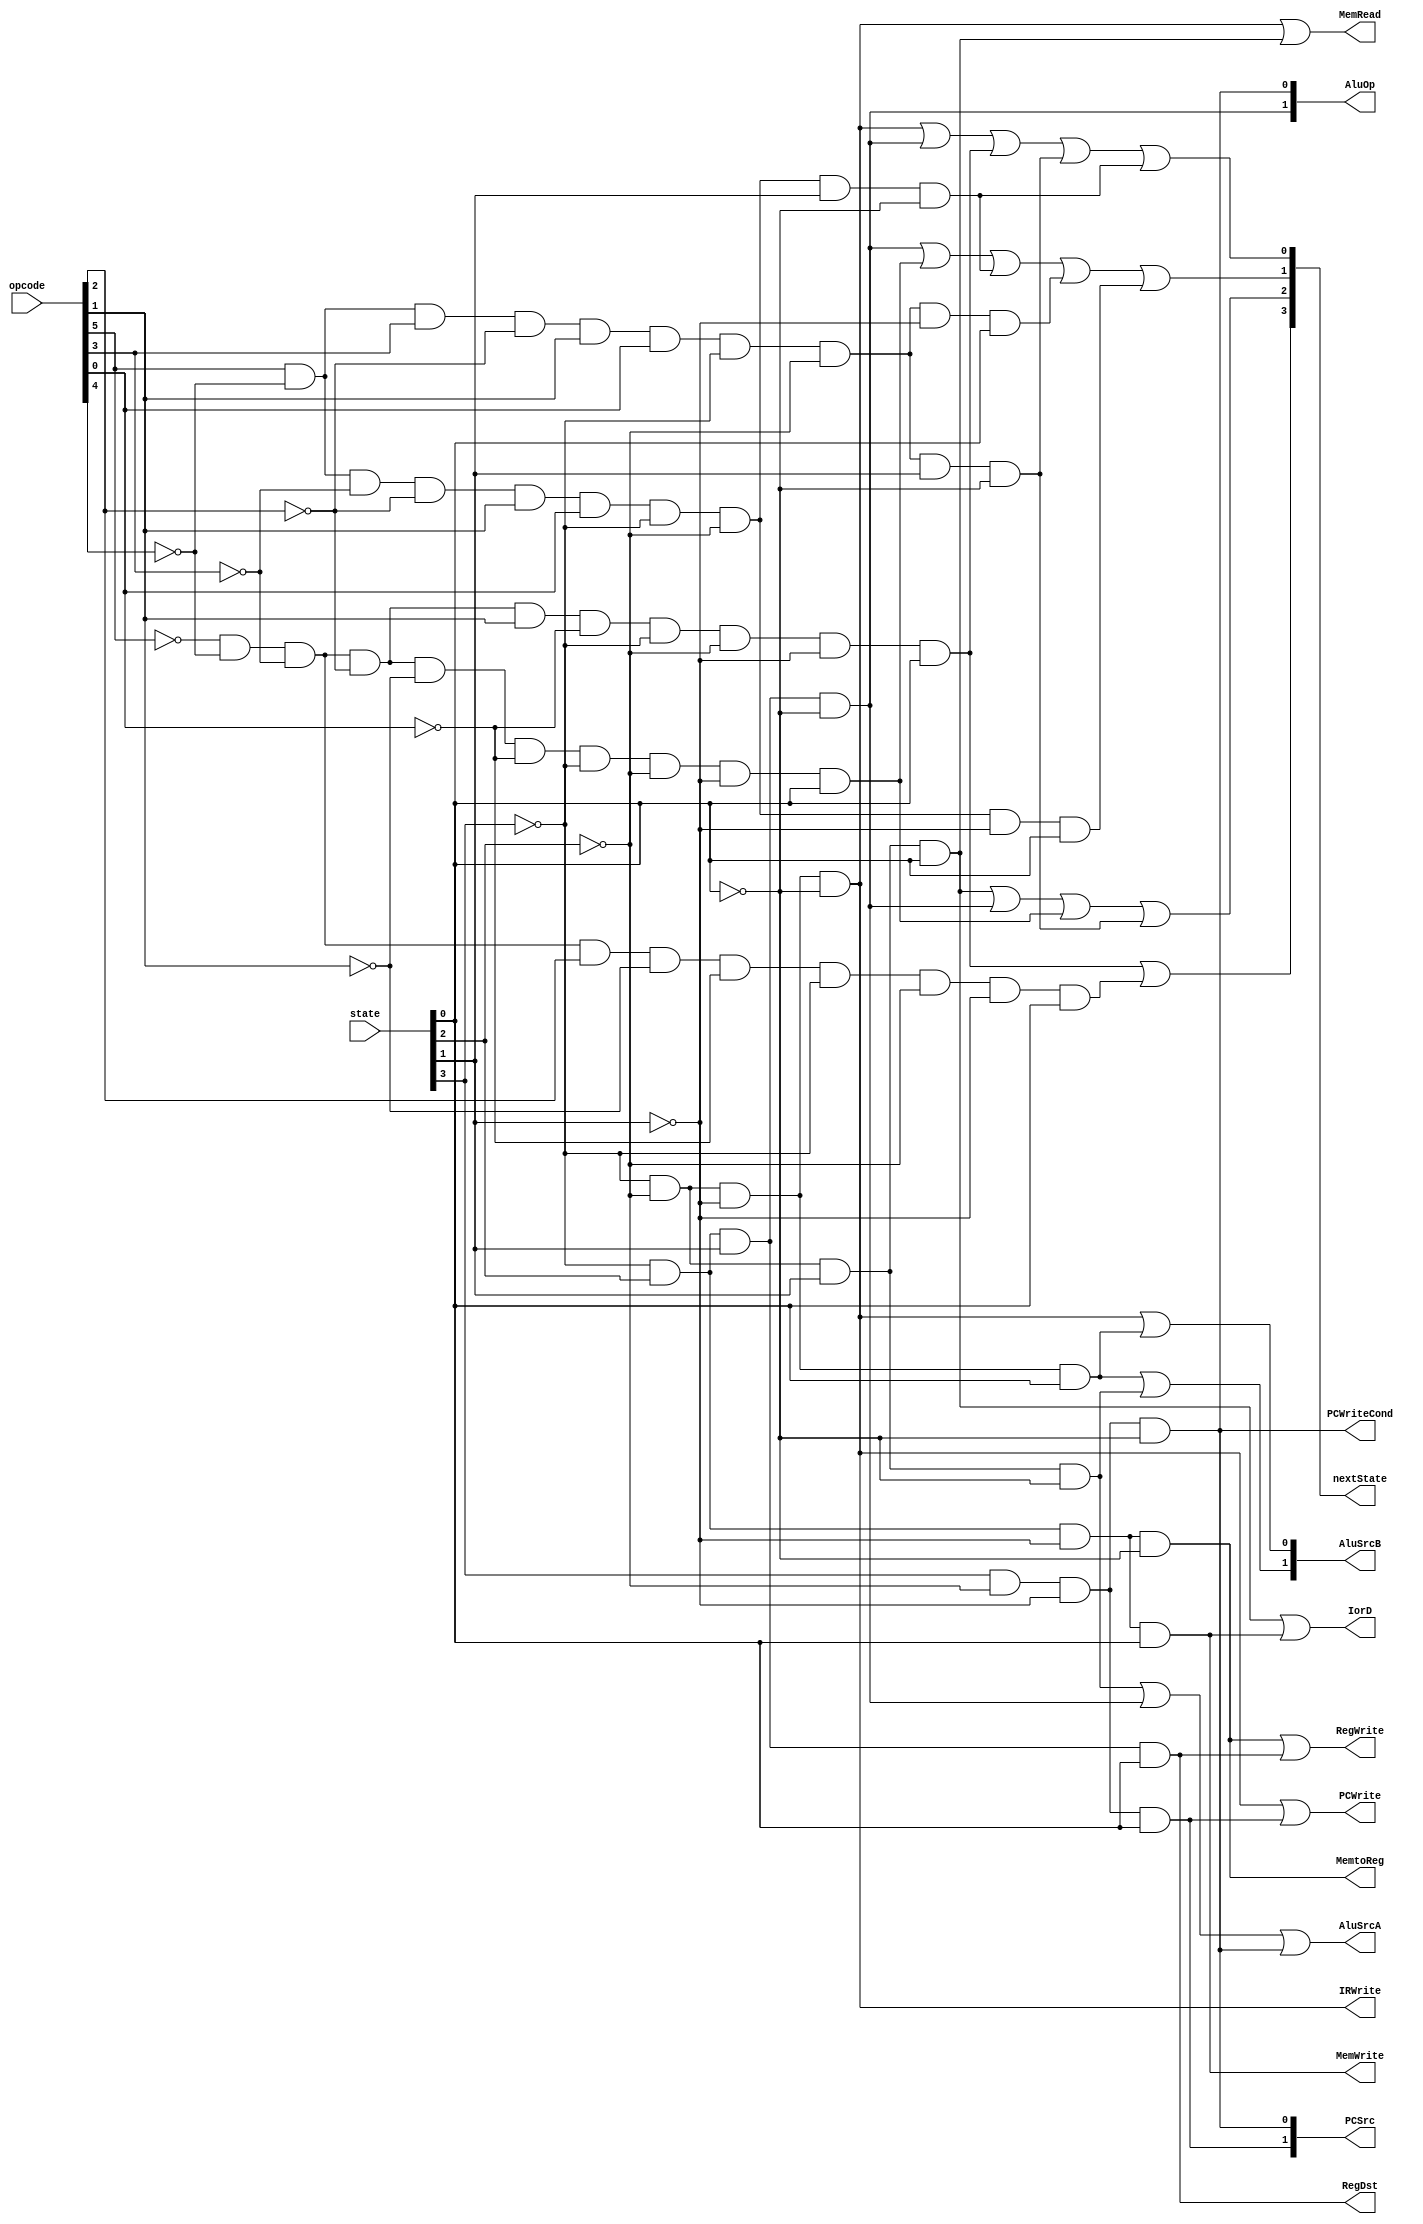
module controlLogic(opcode,state,PCWrite,PCWriteCond,IorD,MemRead,MemWrite,IRWrite,MemtoReg,PCSrc,AluOp,AluSrcA,AluSrcB,RegWrite,RegDst,nextState);
	input [5:0] opcode;
	input [3:0] state;
	output PCWrite,PCWriteCond,IorD,MemRead,MemWrite,IRWrite,MemtoReg,AluSrcA,RegWrite,RegDst;
	output [1:0] PCSrc,AluOp,AluSrcB;
	output [3:0] nextState;
	assign PCWrite=((~state[3])&(~state[2])&(~state[1])&(~state[0]))|((state[3])&(~state[2])&(~state[1])&(state[0]));
	assign PCWriteCond=((state[3])&(~state[2])&(~state[1])&(~state[0]));
	assign IorD=((~state[3])&(~state[2])&(state[1])&(state[0]))|((~state[3])&(state[2])&(~state[1])&(state[0]));
	assign MemRead=((~state[3])&(~state[2])&(~state[1])&(~state[0]))|((~state[3])&(~state[2])&(state[1])&(state[0]));
	assign MemWrite=((~state[3])&(state[2])&(~state[1])&(state[0]));
	assign IRWrite=((~state[3])&(~state[2])&(~state[1])&(~state[0]));
	assign MemtoReg=((~state[3])&(state[2])&(~state[1])&(~state[0]));
	assign PCSrc[1]=((state[3])&(~state[2])&(~state[1])&(state[0]));
	assign PCSrc[0]=((state[3])&(~state[2])&(~state[1])&(~state[0]));
	assign AluOp[1]=((~state[3])&(state[2])&(state[1])&(~state[0]));
	assign AluOp[0]=((state[3])&(~state[2])&(~state[1])&(~state[0]));
	assign AluSrcB[1]=((~state[3])&(~state[2])&(~state[1])&(state[0]))|((~state[3])&(~state[2])&(state[1])&(~state[0]));
	assign AluSrcB[0]=((~state[3])&(~state[2])&(~state[1])&(~state[0]))|((~state[3])&(~state[2])&(~state[1])&(state[0]));
	assign AluSrcA=((~state[3])&(~state[2])&(state[1])&(~state[0]))|((~state[3])&(state[2])&(state[1])&(~state[0]))|((state[3])&(~state[2])&(~state[1])&(~state[0]));
	assign RegWrite=((~state[3])&(state[2])&(~state[1])&(~state[0]))|((~state[3])&(state[2])&(state[1])&(state[0]));
	assign RegDst=((~state[3])&(state[2])&(state[1])&(state[0]));
	assign nextState[3]=((~opcode[5])&(~opcode[4])&(~opcode[3])&(~opcode[2])&(opcode[1])&(~opcode[0])&(~state[3])&(~state[2])&(~state[1])&(state[0]))|((~opcode[5])&(~opcode[4])&(~opcode[3])&(opcode[2])&(~opcode[1])&(~opcode[0])&(~state[3])&(~state[2])&(~state[1])&(state[0]));
	assign nextState[2]=((~state[3])&(~state[2])&(state[1])&(state[0]))|((~state[3])&(state[2])&(state[1])&(~state[0]))|((~opcode[5])&(~opcode[4])&(~opcode[3])&(~opcode[2])&(~opcode[1])&(~opcode[0])&(~state[3])&(~state[2])&(~state[1])&(state[0]))|((opcode[5])&(~opcode[4])&(opcode[3])&(~opcode[2])&(opcode[1])&(opcode[0])&(~state[3])&(~state[2])&(state[1])&(~state[0]));
	assign nextState[1]=((~state[3])&(state[2])&(state[1])&(~state[0]))|((~opcode[5])&(~opcode[4])&(~opcode[3])&(~opcode[2])&(~opcode[1])&(~opcode[0])&(~state[3])&(~state[2])&(~state[1])&(state[0]))|((opcode[5])&(~opcode[4])&(~opcode[3])&(~opcode[2])&(opcode[1])&(opcode[0])&(~state[3])&(~state[2])&(state[1])&(~state[0]))|((opcode[5])&(~opcode[4])&(opcode[3])&(~opcode[2])&(opcode[1])&(opcode[0])&(~state[3])&(~state[2])&(~state[1])&(state[0]))|((opcode[5])&(~opcode[4])&(~opcode[3])&(~opcode[2])&(opcode[1])&(opcode[0])&(~state[3])&(~state[2])&(~state[1])&(state[0]));
	assign nextState[0]=((~state[3])&(~state[2])&(~state[1])&(~state[0]))|((~state[3])&(state[2])&(state[1])&(~state[0]))|((~opcode[5])&(~opcode[4])&(~opcode[3])&(~opcode[2])&(opcode[1])&(~opcode[0])&(~state[3])&(~state[2])&(~state[1])&(state[0]))|((opcode[5])&(~opcode[4])&(opcode[3])&(~opcode[2])&(opcode[1])&(opcode[0])&(~state[3])&(~state[2])&(state[1])&(~state[0]))|((opcode[5])&(~opcode[4])&(~opcode[3])&(~opcode[2])&(opcode[1])&(opcode[0])&(~state[3])&(~state[2])&(state[1])&(~state[0]));
endmodule